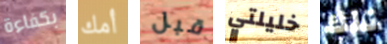
بكفاءة أمك قبل خليلتي تلك